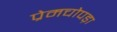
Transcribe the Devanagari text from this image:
प्रेमचोपड़ा